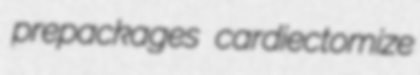
prepackages cardiectomize